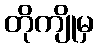
တိုကျိုမှ